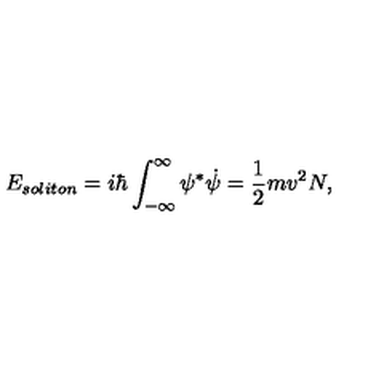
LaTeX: E _ { s o l i t o n } = i \hbar \int _ { - \infty } ^ { \infty } \psi ^ { * } \dot { \psi } = \frac { 1 } { 2 } m v ^ { 2 } N ,